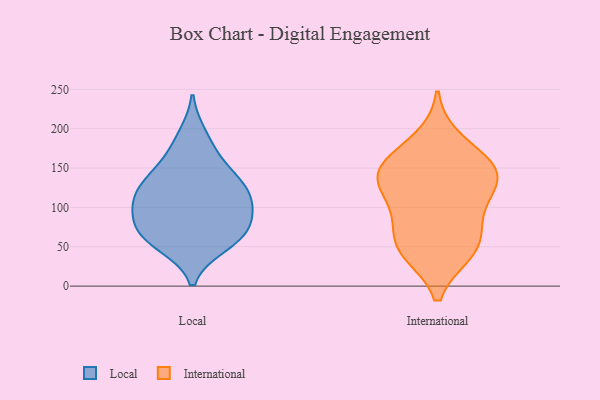
{"axis": {"x": "Net Income (USD K)", "y": "Value"}, "legend": ["International", "Local"], "data": [{"x": "", "y": 103, "type": "Local"}, {"x": "", "y": 52, "type": "Local"}, {"x": "", "y": 69, "type": "Local"}, {"x": "", "y": 144, "type": "Local"}, {"x": "", "y": 103, "type": "Local"}, {"x": "", "y": 101, "type": "Local"}, {"x": "", "y": 116, "type": "Local"}, {"x": "", "y": 67, "type": "Local"}, {"x": "", "y": 139, "type": "Local"}, {"x": "", "y": 52, "type": "Local"}, {"x": "", "y": 73, "type": "Local"}, {"x": "", "y": 171, "type": "Local"}, {"x": "", "y": 77, "type": "Local"}, {"x": "", "y": 118, "type": "Local"}, {"x": "", "y": 192, "type": "Local"}, {"x": "", "y": 133, "type": "Local"}, {"x": "", "y": 103, "type": "International"}, {"x": "", "y": 133, "type": "International"}, {"x": "", "y": 152, "type": "International"}, {"x": "", "y": 46, "type": "International"}, {"x": "", "y": 142, "type": "International"}, {"x": "", "y": 68, "type": "International"}, {"x": "", "y": 46, "type": "International"}, {"x": "", "y": 146, "type": "International"}, {"x": "", "y": 89, "type": "International"}, {"x": "", "y": 43, "type": "International"}, {"x": "", "y": 126, "type": "International"}, {"x": "", "y": 186, "type": "International"}, {"x": "", "y": 158, "type": "International"}]}